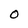
Character: O